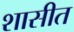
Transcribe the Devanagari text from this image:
शासीत